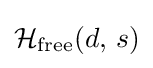
{\mathcal {H}}_{\text{free}}(d,\,s)